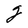
Character: g